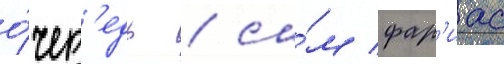
о́чер'едь / са́м фар'иас